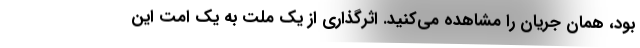
بود، همان جریان را مشاهده می‌کنید. اثرگذاری از یک ملت به یک امت این